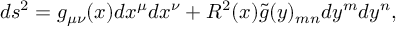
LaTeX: d s ^ { 2 } = g _ { \mu \nu } ( x ) d x ^ { \mu } d x ^ { \nu } + R ^ { 2 } ( x ) \tilde { g } ( y ) _ { m n } d y ^ { m } d y ^ { n } ,